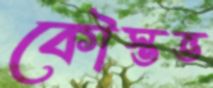
কৌস্তভ